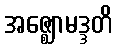
အဇ္ဈောမဒ္ဒတိ